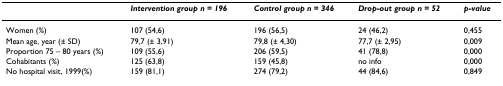
|  | Intervention group n = 196 | Control group n = 346 | Drop-out group n = 52 | p-value |
 | --- | --- | --- | --- | --- |
 | Women (%) | 107 (54,6) | 196 (56,5) | 24 (46,2) | 0,455 |
 | Mean age, year (± SD) | 79,7 (± 3,91) | 79,8 (± 4,30) | 77,7 (± 2,95) | 0,009 |
 | Proportion 75 – 80 years (%) | 109 (55,6) | 206 (59,5) | 41 (78,8) | 0,000 |
 | Cohabitants (%) | 125 (63,8) | 159 (45,8) | no info | 0,000 |
 | No hospital visit, 1999(%) | 159 (81,1) | 274 (79,2) | 44 (84,6) | 0,849 |